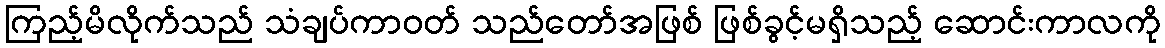
ကြည့်မိလိုက်သည် သံချပ်ကာဝတ် သည်တော်အဖြစ် ဖြစ်ခွင့်မရှိသည့် ဆောင်းကာလကို